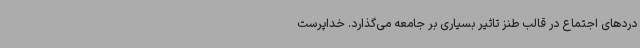
دردهای اجتماع در قالب طنز تاثیر بسیاری بر جامعه می‌گذارد. خداپرست